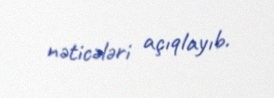
nəticələri açıqlayıb.